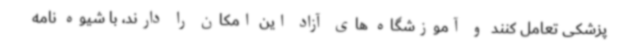
پزشکی تعامل کنند و آموزشگاه های آزاد این امکان را دارند، با شیوه نامه